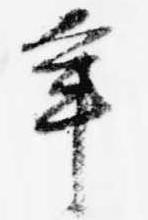
年